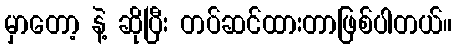
မှာတော့ နဲ့ ဆိုပြီး တပ်ဆင်ထားတာဖြစ်ပါတယ်။